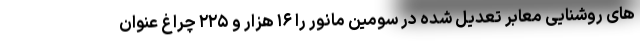
های روشنایی معابر تعدیل شده در سومین مانور را ۱۶ هزار و ۲۲۵ چراغ عنوان